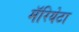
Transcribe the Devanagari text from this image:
मॅरियेटा